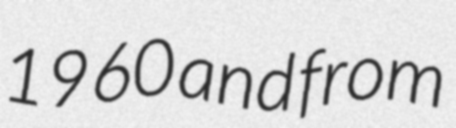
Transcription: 1960 and from